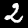
Label: 2